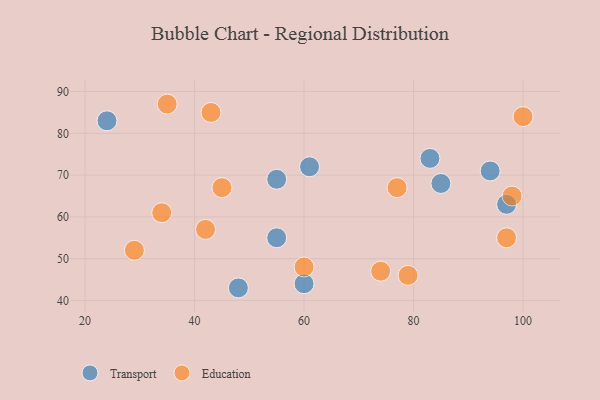
{"axis": {"x": "GDP", "y": "Life Expectancy"}, "legend": ["Education", "Transport"], "data": [{"x": "85", "y": 68, "type": "Transport"}, {"x": "55", "y": 69, "type": "Transport"}, {"x": "61", "y": 72, "type": "Transport"}, {"x": "24", "y": 83, "type": "Transport"}, {"x": "60", "y": 44, "type": "Transport"}, {"x": "94", "y": 71, "type": "Transport"}, {"x": "97", "y": 63, "type": "Transport"}, {"x": "48", "y": 43, "type": "Transport"}, {"x": "55", "y": 55, "type": "Transport"}, {"x": "83", "y": 74, "type": "Transport"}, {"x": "74", "y": 47, "type": "Education"}, {"x": "77", "y": 67, "type": "Education"}, {"x": "43", "y": 85, "type": "Education"}, {"x": "100", "y": 84, "type": "Education"}, {"x": "45", "y": 67, "type": "Education"}, {"x": "29", "y": 52, "type": "Education"}, {"x": "98", "y": 65, "type": "Education"}, {"x": "79", "y": 46, "type": "Education"}, {"x": "35", "y": 87, "type": "Education"}, {"x": "34", "y": 61, "type": "Education"}, {"x": "60", "y": 48, "type": "Education"}, {"x": "97", "y": 55, "type": "Education"}, {"x": "42", "y": 57, "type": "Education"}]}